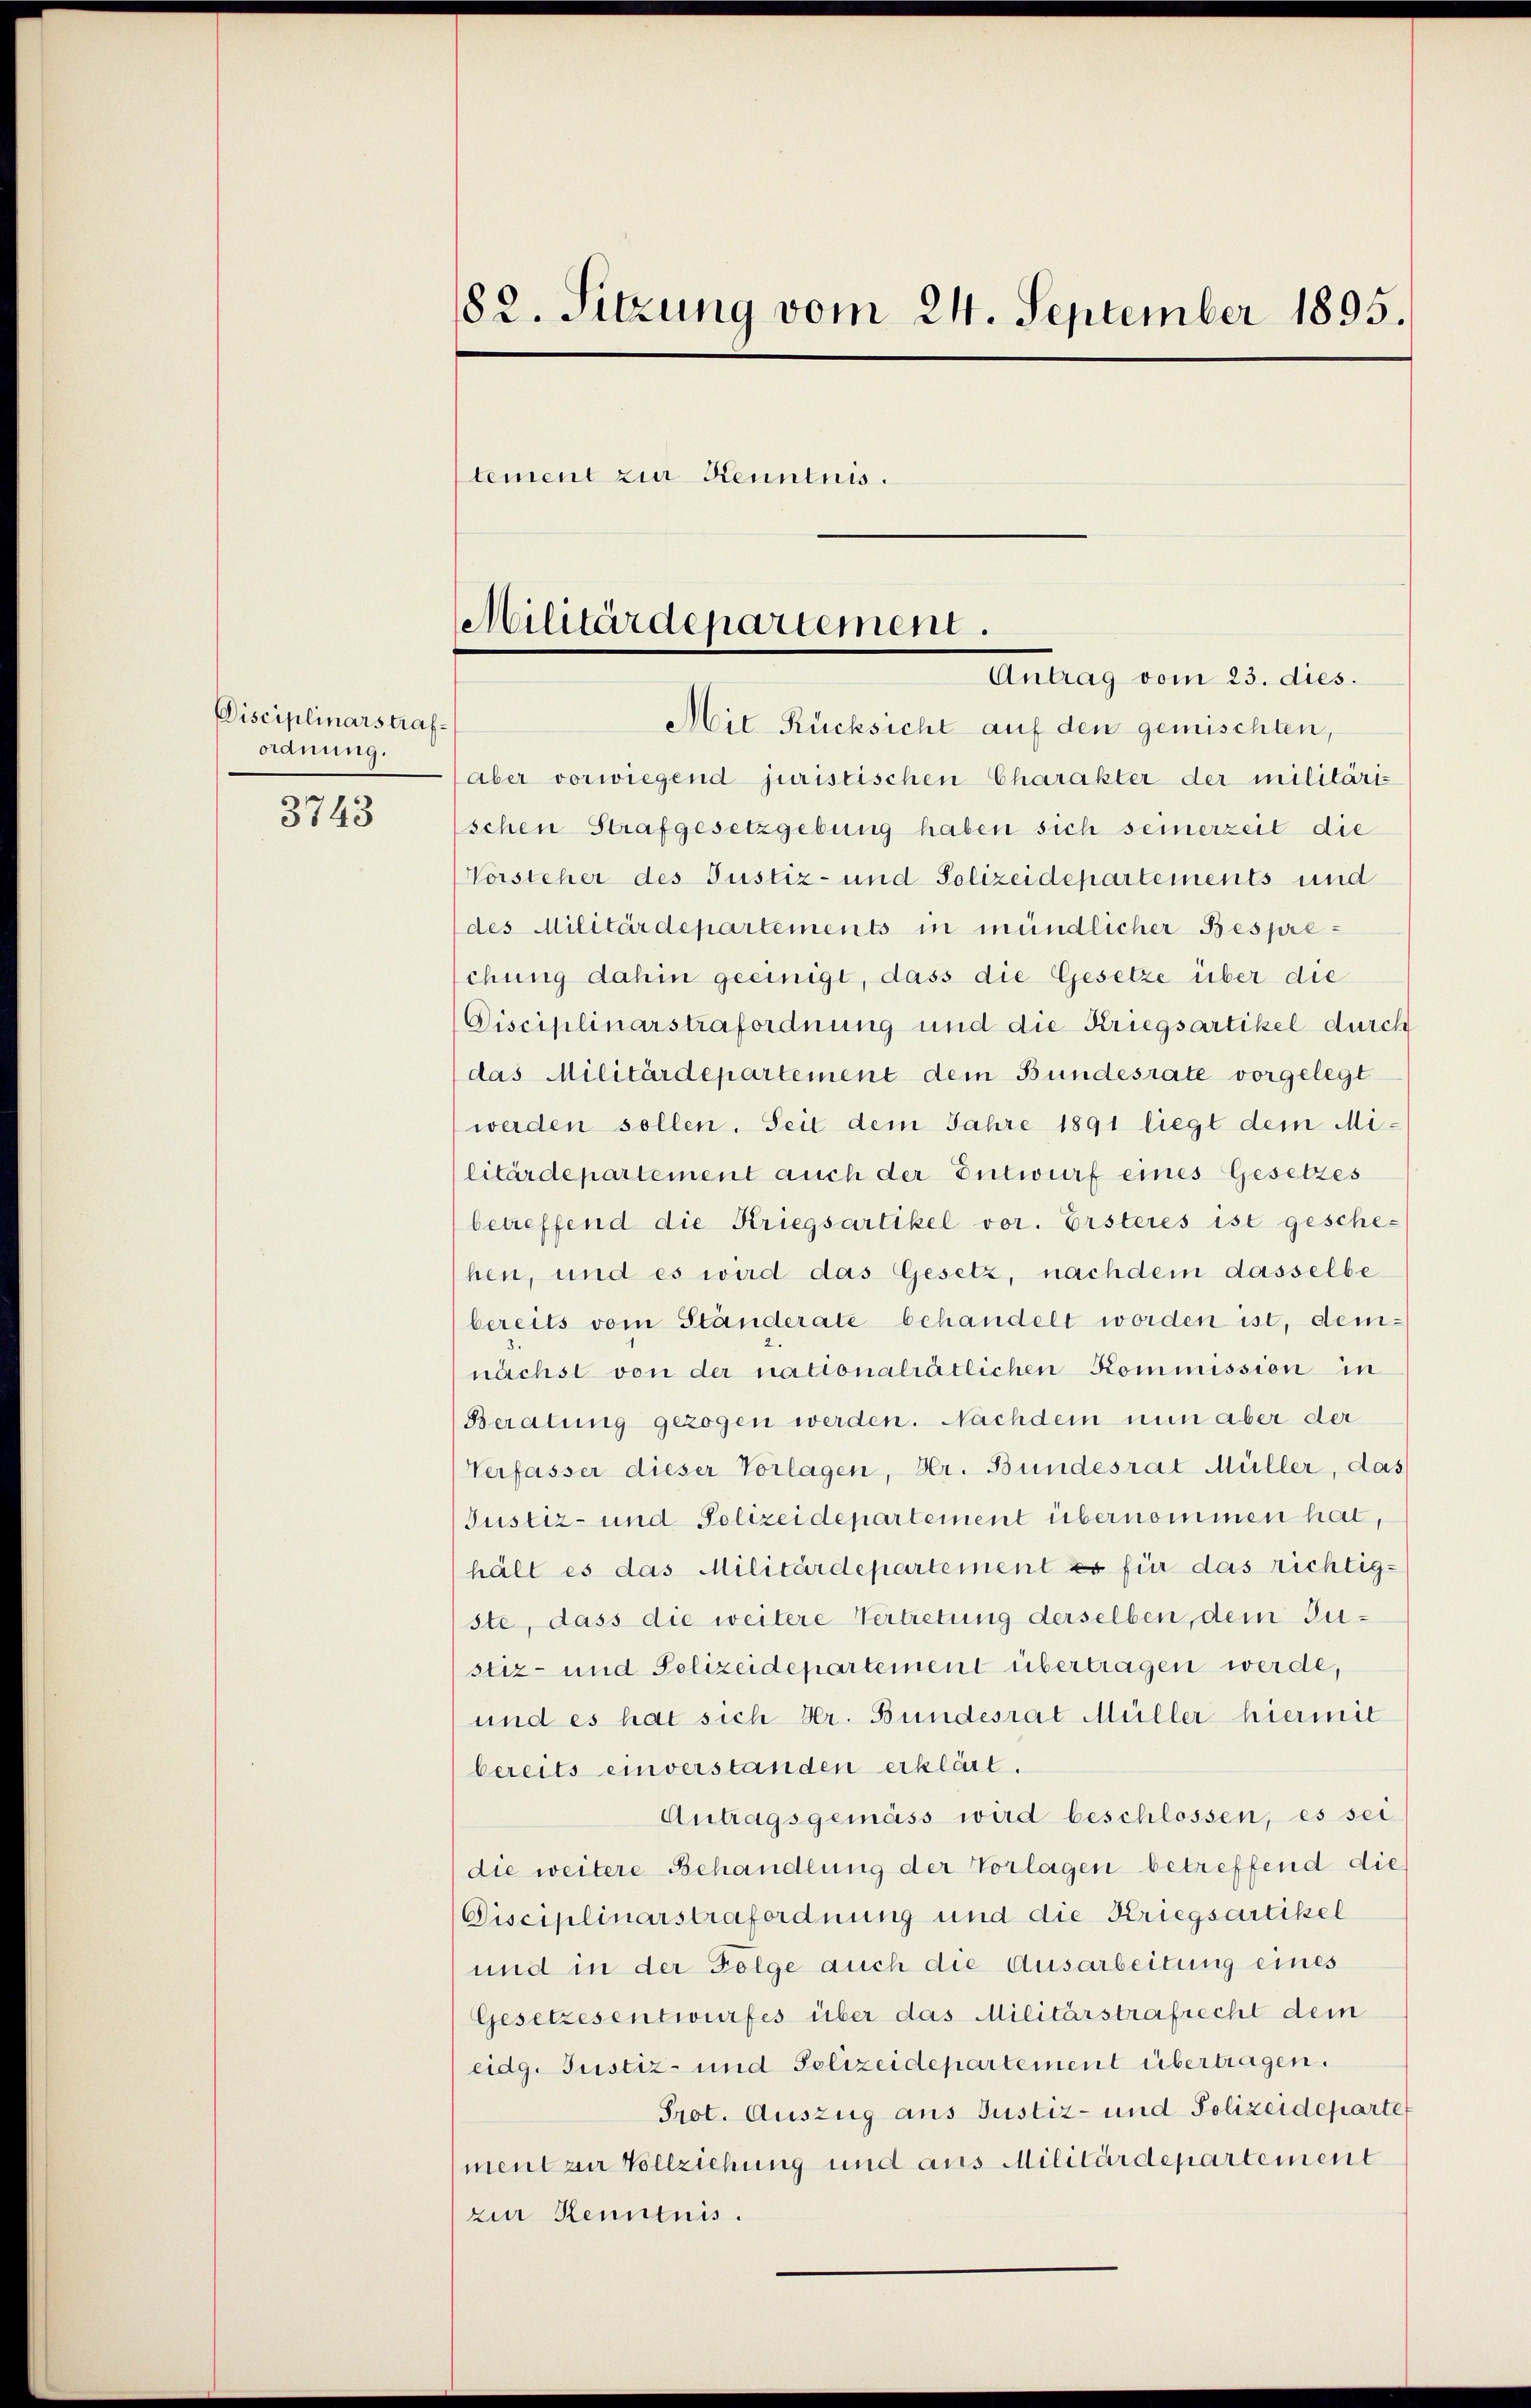
Disciplinarstrafoanung.

3743

182. Sitzung vom 24. September 1895.
tement zur Kenntnis.

Militärdepartement.
Antrag vom 23. dies.

Mit Rücksicht auf den gemischten,
(aber vorwiegend juristischen Charakter der militäris
schen Strafgesetzgebung haben sich seinerzeit die
Vorsteher des Justiz- und Polizeidepartements und
des Militärdepartements in mündlicher Bespreschung dahin geeinigt, dass die Gesetze über die
Disciplinarstrafordnung und die Kriegsartikel durch
das Militärdepartement dem Bundesrate vorgelegt
werden sollen. Seit dem Jahre 1891 liegt dem Militärdepartement auch der Entwurf eines Gesetzes
betreffend die Kriegsartikel vor. Ersteres ist gesche-
hen, und es wird das Gesetz, nachdem dasselbe
bereits vom Ständerate behandelt worden ist, demnächst von der nationalrätlichen Kommission in
Beratung gezogen werden. Nachdem nun aber der
Verfasser dieser Vorlagen, Hr. Bundesrat Müller, das
(Justiz- und Polizeidepartement übernommen hat,
hält es das Militärdepartement es für das richtig-
ste, dass die weitere Vertretung derselben, dem Justiz- und Polizeidepartement übertragen werde,
und es hat sich Hr. Bundesrat Müller hiermit
bereits einverstanden erklärt.
Antragsgemäss wird beschlossen, es sei
die weitere Behandlung der Vorlagen betreffend die
Disciplinarstrafordnung und die Kriegsartikel
und in der Folge auch die Ausarbeitung eines
Gesetzesentwurfes über das Militärstrafrecht dem
eidg. Justiz- und Polizeidepartement übertragen.
Prot. Auszug aus Justiz- und Polizeidepartet
ment zu Vollziehung und aus Militärdepartement
zur Kenntnis.